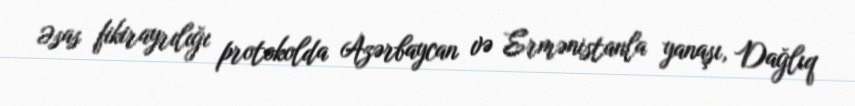
Əsas fikirayrılığı protokolda Azərbaycan və Ermənistanla yanaşı, Dağlıq